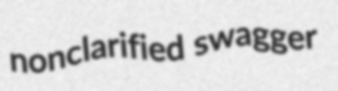
nonclarified swagger